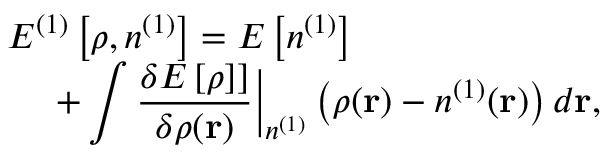
\begin{array} { l } { { \displaystyle { \cal E } ^ { ( 1 ) } \left[ \rho , n ^ { ( 1 ) } \right] = E \left[ n ^ { ( 1 ) } \right] } \ ~ } \\ { { \displaystyle ~ ~ ~ ~ + \int \frac { \delta E \left[ \rho ] \right] } { \delta \rho ( { \bf r } ) } \Big \vert _ { n ^ { ( 1 ) } } \left( \rho ( { \bf r } ) - n ^ { ( 1 ) } ( { \bf r } ) \right) d { \bf r } } , } \end{array}